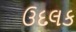
ઉદલક